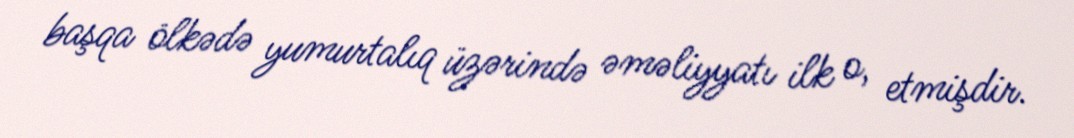
başqa ölkədə yumurtalıq üzərində əməliyyatı ilk o, etmişdir.